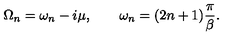
\Omega _ { n } = \omega _ { n } - i \mu , \qquad \omega _ { n } = ( 2 n + 1 ) \frac { \pi } { \beta } .